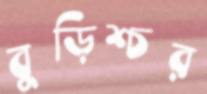
বুড়িশ্চর